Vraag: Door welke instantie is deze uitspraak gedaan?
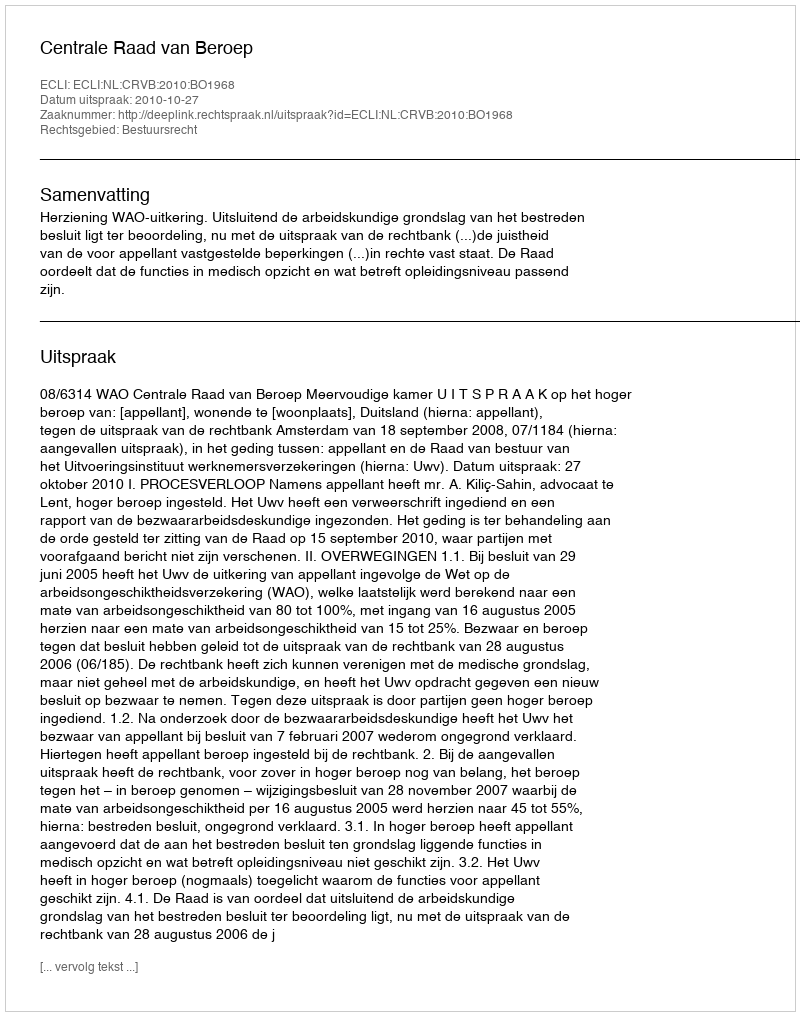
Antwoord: Centrale Raad van Beroep